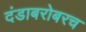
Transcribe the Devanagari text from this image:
दंडाबरोबरच